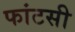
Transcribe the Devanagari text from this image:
फांटसी